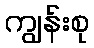
ကျွန်းစု